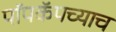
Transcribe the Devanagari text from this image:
पॉपकॅपच्याच